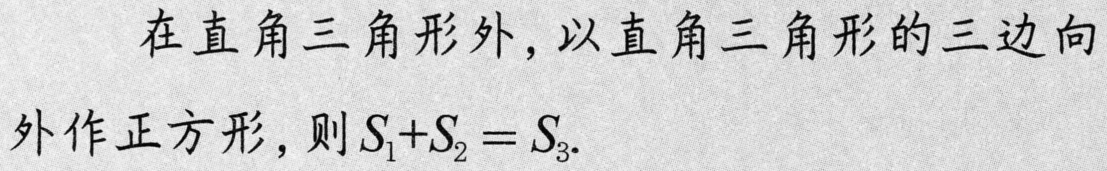
在直角三角形外，以直角三角形的三边向外作正方形，则\(S_{1}+S_{2}=S_{3}\).